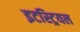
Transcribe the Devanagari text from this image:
इटस्ट्रियल